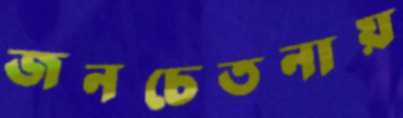
জনচেতনায়